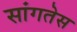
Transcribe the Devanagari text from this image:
सांगतेस